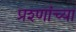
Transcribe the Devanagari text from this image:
प्रश्णांच्या